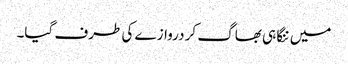
میں ننگا ہی بھاگ کر دروازے کی طرف گیا۔